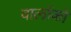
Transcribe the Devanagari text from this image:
वालोंको